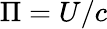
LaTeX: \Pi=U/c